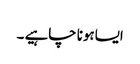
ایساہونا چاہیے ۔